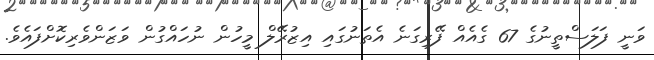
ވަނީ ފަލަސްތީނުގެ 67 ގެއެއް ފޭރިގަނެ އެތަނުގައި އިޒުރޭލް މީހުން ނުހައްގުން ވަޒަންވެރިކޮށްފައެވެ.